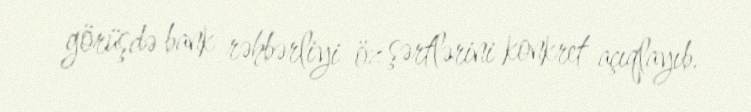
görüşdə bank rəhbərliyi öz şərtlərini konkret açıqlayıb.